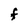
Character: F